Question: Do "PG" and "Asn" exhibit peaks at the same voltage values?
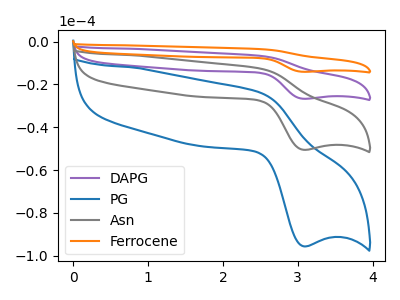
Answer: <think>The purple curve "DAPG" has an anodic peak at (2.50V, -25.35uA) and a cathodic peak at (3.10V, -101.05uA). The blue curve "PG" has an anodic peak at (2.50V, -23.95uA) and a cathodic peak at (3.10V, -95.60uA). The gray curve "Asn" has an anodic peak at (2.50V, -12.65uA) and a cathodic peak at (3.10V, -50.55uA). The orange curve "Ferrocene" has an anodic peak at (2.50V, -38.00uA) and a cathodic peak at (3.10V, -151.60uA).</think>
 <answer>Yes, "PG" have a peak in "Asn" at the same potential.</answer>
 <eval>match</eval>